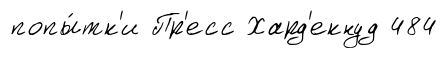
попы́тк'и Пр'есс Хард'екнуд 484